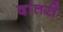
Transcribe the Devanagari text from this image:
दांतरी